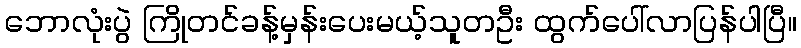
ဘောလုံးပွဲ ကြိုတင်ခန့်မှန်းပေးမယ့်သူတဦး ထွက်ပေါ်လာပြန်ပါပြီ။